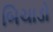
બિચાડો